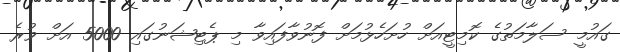
ގައުމީ ސަލާމަތުގެ ކޮމިޓީއަށް ހުށަހެޅުމަށް ފޮނުވާފައިވާ މި ޕެޓިޝަނުގައި 5000 އަށް ވުރެ